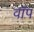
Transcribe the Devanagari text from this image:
वॉप